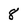
Character: 8